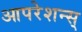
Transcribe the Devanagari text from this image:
आपरेशन्स्